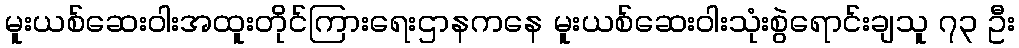
မူးယစ်ဆေးဝါးအထူးတိုင်ကြားရေးဌာနကနေ မူးယစ်ဆေးဝါးသုံးစွဲရောင်းချသူ ၇၃ ဦး